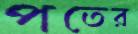
পতের